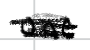
Text: one
Cross-out: scratch
Writing tool: digital_black